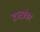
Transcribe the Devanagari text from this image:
टाटांवर